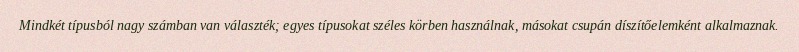
Mindkét típusból nagy számban van választék; egyes típusokat széles körben használnak, másokat csupán díszítőelemként alkalmaznak.